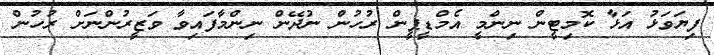
ފިޔަވަޅު އަޅާ ކޮމިޓީން ނިންމީ އެމްޑީޕީން ރުހުން ނުދޭން ނިންމާފައިވާ ވަޒީރުންނަށް ރުހުން